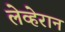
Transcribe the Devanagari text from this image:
लेव्हेरान